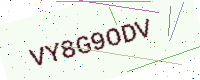
Text: VY8G9ODV